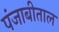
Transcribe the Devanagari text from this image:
पंजाबीताल